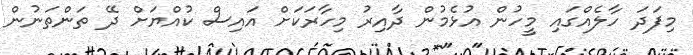
މިފަދަ ހާލެއްގައި މީހުން އުޅެމުން ދާއިރު މިހާރަކަށް އައިސް ކުއްޔަށް ދޭ ތަންތަނުން